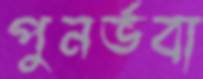
পুনর্ভবা